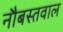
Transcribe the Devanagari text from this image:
नौबस्तवाल